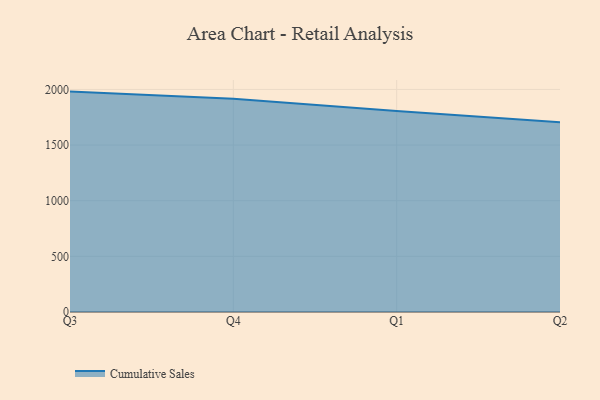
{"axis": {"x": "Quarter", "y": "Demand Index"}, "legend": ["Cumulative Sales"], "data": [{"x": "Q3", "y": 1980.4, "type": "Cumulative Sales"}, {"x": "Q4", "y": 1915.2, "type": "Cumulative Sales"}, {"x": "Q1", "y": 1805.7, "type": "Cumulative Sales"}, {"x": "Q2", "y": 1705.2, "type": "Cumulative Sales"}]}